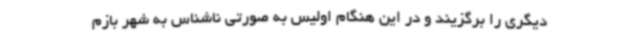
دیگری را برگزیند و در این هنگام اولیس به صورتی ناشناس به شهر بازم